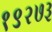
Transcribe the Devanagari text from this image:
१९२७३